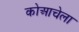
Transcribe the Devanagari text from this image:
कोआचेला